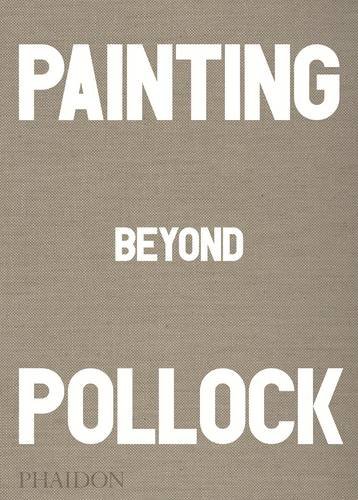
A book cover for Painting Beyond Pollock; Morgan Falconer; Arts & Photography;